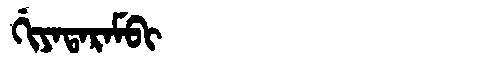
Manchu: ᡤᡳᠶᠠᡨᠠᡵᠠᠮᠪᡳ
Romanization: GIYATARAMBI